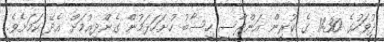
ދުވަހުގެ 11:30 ގެ ކުރިން އަންދާސީ ހިސާބު ހުށަހަޅަމުން ގެންދިއުމަަށް އެދޭ ކަމަށެެވެ.